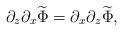
LaTeX: \begin{align*}\partial_z \partial_x \widetilde\Phi = \partial_x \partial_z \widetilde\Phi,\end{align*}